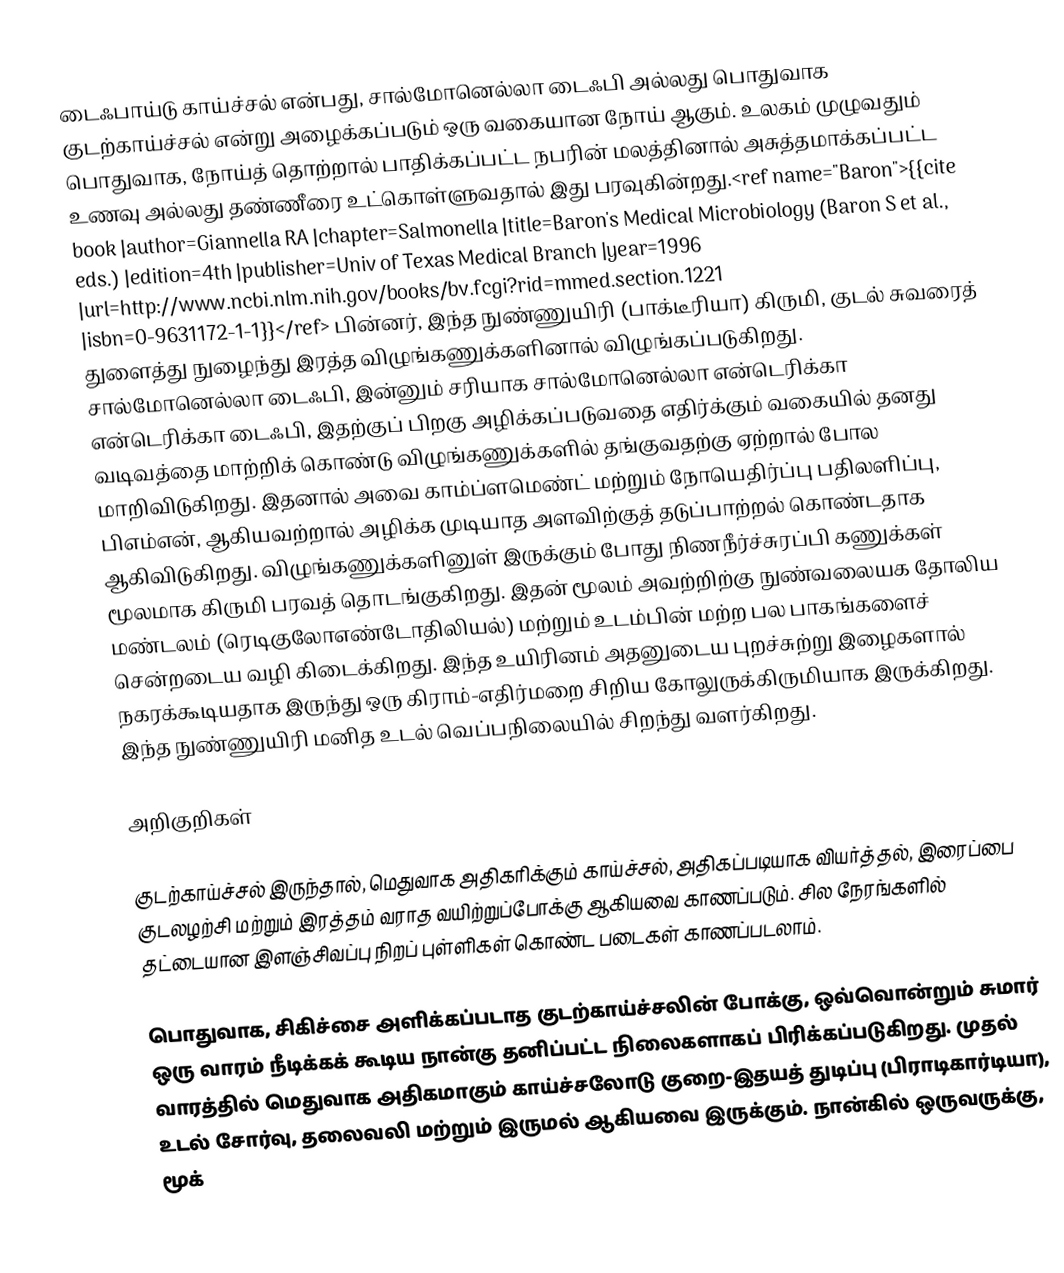
டைஃபாய்டு காய்ச்சல் என்பது, சால்மோனெல்லா டைஃபி அல்லது பொதுவாக குடற்காய்ச்சல்  என்று அழைக்கப்படும் ஒரு வகையான நோய் ஆகும். உலகம் முழுவதும் பொதுவாக, நோய்த் தொற்றால் பாதிக்கப்பட்ட நபரின் மலத்தினால் அசுத்தமாக்கப்பட்ட உணவு அல்லது தண்ணீரை உட்கொள்ளுவதால் இது பரவுகின்றது.<ref name="Baron">{{cite book |author=Giannella RA |chapter=Salmonella |title=Baron's Medical Microbiology (Baron S et al., eds.) |edition=4th |publisher=Univ of Texas Medical Branch |year=1996 |url=http://www.ncbi.nlm.nih.gov/books/bv.fcgi?rid=mmed.section.1221 |isbn=0-9631172-1-1}}</ref> பின்னர், இந்த நுண்ணுயிரி (பாக்டீரியா) கிருமி, குடல் சுவரைத் துளைத்து நுழைந்து இரத்த விழுங்கணுக்களினால் விழுங்கப்படுகிறது. சால்மோனெல்லா டைஃபி, இன்னும் சரியாக சால்மோனெல்லா என்டெரிக்கா என்டெரிக்கா டைஃபி, இதற்குப் பிறகு அழிக்கப்படுவதை எதிர்க்கும் வகையில் தனது வடிவத்தை மாற்றிக் கொண்டு விழுங்கணுக்களில் தங்குவதற்கு ஏற்றால் போல மாறிவிடுகிறது. இதனால் அவை காம்ப்ளமெண்ட் மற்றும் நோயெதிர்ப்பு பதிலளிப்பு, பிஎம்என், ஆகியவற்றால் அழிக்க முடியாத அளவிற்குத் தடுப்பாற்றல் கொண்டதாக ஆகிவிடுகிறது. விழுங்கணுக்களினுள் இருக்கும் போது நிணநீர்ச்சுரப்பி கணுக்கள் மூலமாக கிருமி பரவத் தொடங்குகிறது. இதன் மூலம் அவற்றிற்கு நுண்வலையக தோலிய மண்டலம் (ரெடிகுலோஎண்டோதிலியல்) மற்றும் உடம்பின் மற்ற பல பாகங்களைச் சென்றடைய வழி கிடைக்கிறது. இந்த உயிரினம் அதனுடைய புறச்சுற்று இழைகளால் நகரக்கூடியதாக இருந்து ஒரு கிராம்-எதிர்மறை சிறிய கோலுருக்கிருமியாக இருக்கிறது. இந்த நுண்ணுயிரி மனித உடல் வெப்பநிலையில் சிறந்து வளர்கிறது.

 அறிகுறிகள்

குடற்காய்ச்சல் இருந்தால், மெதுவாக அதிகரிக்கும் காய்ச்சல், அதிகப்படியாக வியர்த்தல், இரைப்பை குடலழற்சி மற்றும் இரத்தம் வராத வயிற்றுப்போக்கு ஆகியவை காணப்படும். சில நேரங்களில் தட்டையான இளஞ்சிவப்பு நிறப் புள்ளிகள் கொண்ட படைகள் காணப்படலாம்.

பொதுவாக, சிகிச்சை அளிக்கப்படாத குடற்காய்ச்சலின் போக்கு, ஒவ்வொன்றும் சுமார் ஒரு வாரம் நீடிக்கக் கூடிய நான்கு தனிப்பட்ட நிலைகளாகப் பிரிக்கப்படுகிறது. முதல் வாரத்தில் மெதுவாக அதிகமாகும் காய்ச்சலோடு குறை-இதயத் துடிப்பு (பிராடிகார்டியா), உடல் சோர்வு, தலைவலி மற்றும் இருமல் ஆகியவை இருக்கும். நான்கில் ஒருவருக்கு, மூக்